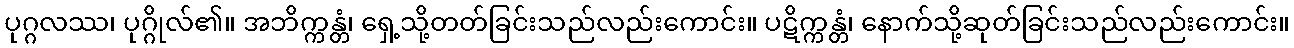
ပုဂ္ဂလဿ၊ ပုဂ္ဂိုလ်၏။ အဘိက္ကန္တံ၊ ရှေ့သို့တတ်ခြင်းသည်လည်းကောင်း။ ပဋိက္ကန္တံ၊ နောက်သို့ဆုတ်ခြင်းသည်လည်းကောင်း။